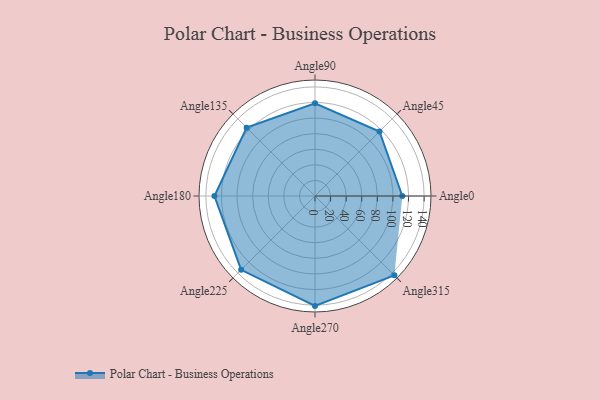
{"axis": {"x": "Angle", "y": "Radius"}, "legend": [""], "data": [{"x": "Angle0", "y": 112.0, "type": ""}, {"x": "Angle45", "y": 117.0, "type": ""}, {"x": "Angle90", "y": 119.0, "type": ""}, {"x": "Angle135", "y": 124.0, "type": ""}, {"x": "Angle180", "y": 129.0, "type": ""}, {"x": "Angle225", "y": 134.0, "type": ""}, {"x": "Angle270", "y": 141.0, "type": ""}, {"x": "Angle315", "y": 144.0, "type": ""}]}